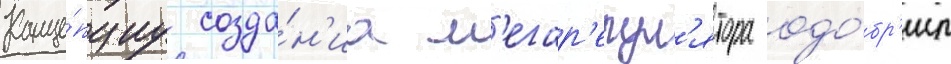
Конце́пциу созда́н'иа м'егар'егул'ятора одо́бр'ил